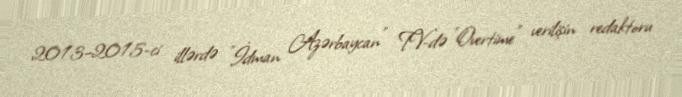
2013–2015-ci illərdə "İdman Azərbaycan" TV-də "Overtime" verilişin redaktoru